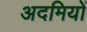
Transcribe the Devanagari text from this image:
अदमियों